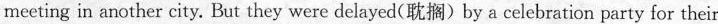
meeting in another city. But they were delayed(耽搁)by a celebration party for their